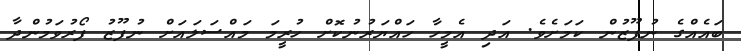
ބައެއްގެ ނުފޫޒުން ކަމަށެވެ. އަދި އެމީހާ ހައްޔަރުނުކޮށް ހުރީމަ މައްސަލައަށް ނުފޫޒު ފޯރުވަމުންދާ